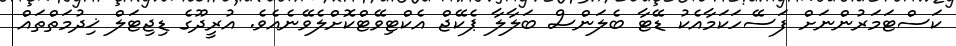
ކަސްޓަމަރުންނަށް ފަސޭހަކަމާއެކު ޑޭޓާ ބެލަންސް ބަލާލާ ޕެކޭޖް އެކްޓިވޭޓްކޮށްލެވޭނެއެވެ. އުރީދޫގެ ޑިޖިޓަލް ޚިދުމަތްތައް